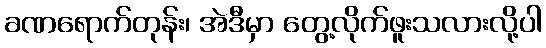
ခဏရောက်တုန်း၊ အဲဒီမှာ တွေ့လိုက်ဖူးသလားလို့ပါ